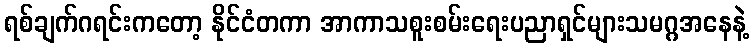
ရစ်ချက်ဂရင်းကတော့ နိုင်ငံတကာ အာကာသစူးစမ်းရေးပညာရှင်များသမဂ္ဂအနေနဲ့